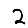
Digit: 2